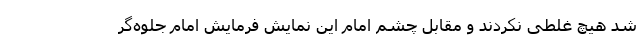
شد هیچ غلطی نکردند و مقابل چشم امام این نمایش فرمایش امام جلوه‌گر